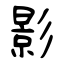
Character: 影